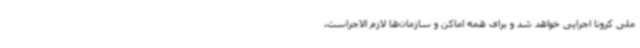
ملی کرونا اجرایی خواهد شد و برای همه اماکن و سازمان‌ها لازم الاجراست.